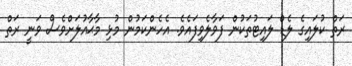
ރަތް ކުލައިގެ ލެޑް ލައިޓުތަކުން ފަވާލެވިފައެވެ. އެހެންކަމުން މުޅި މާޙާއުލަށްވެސް ވަނީ ރަތް